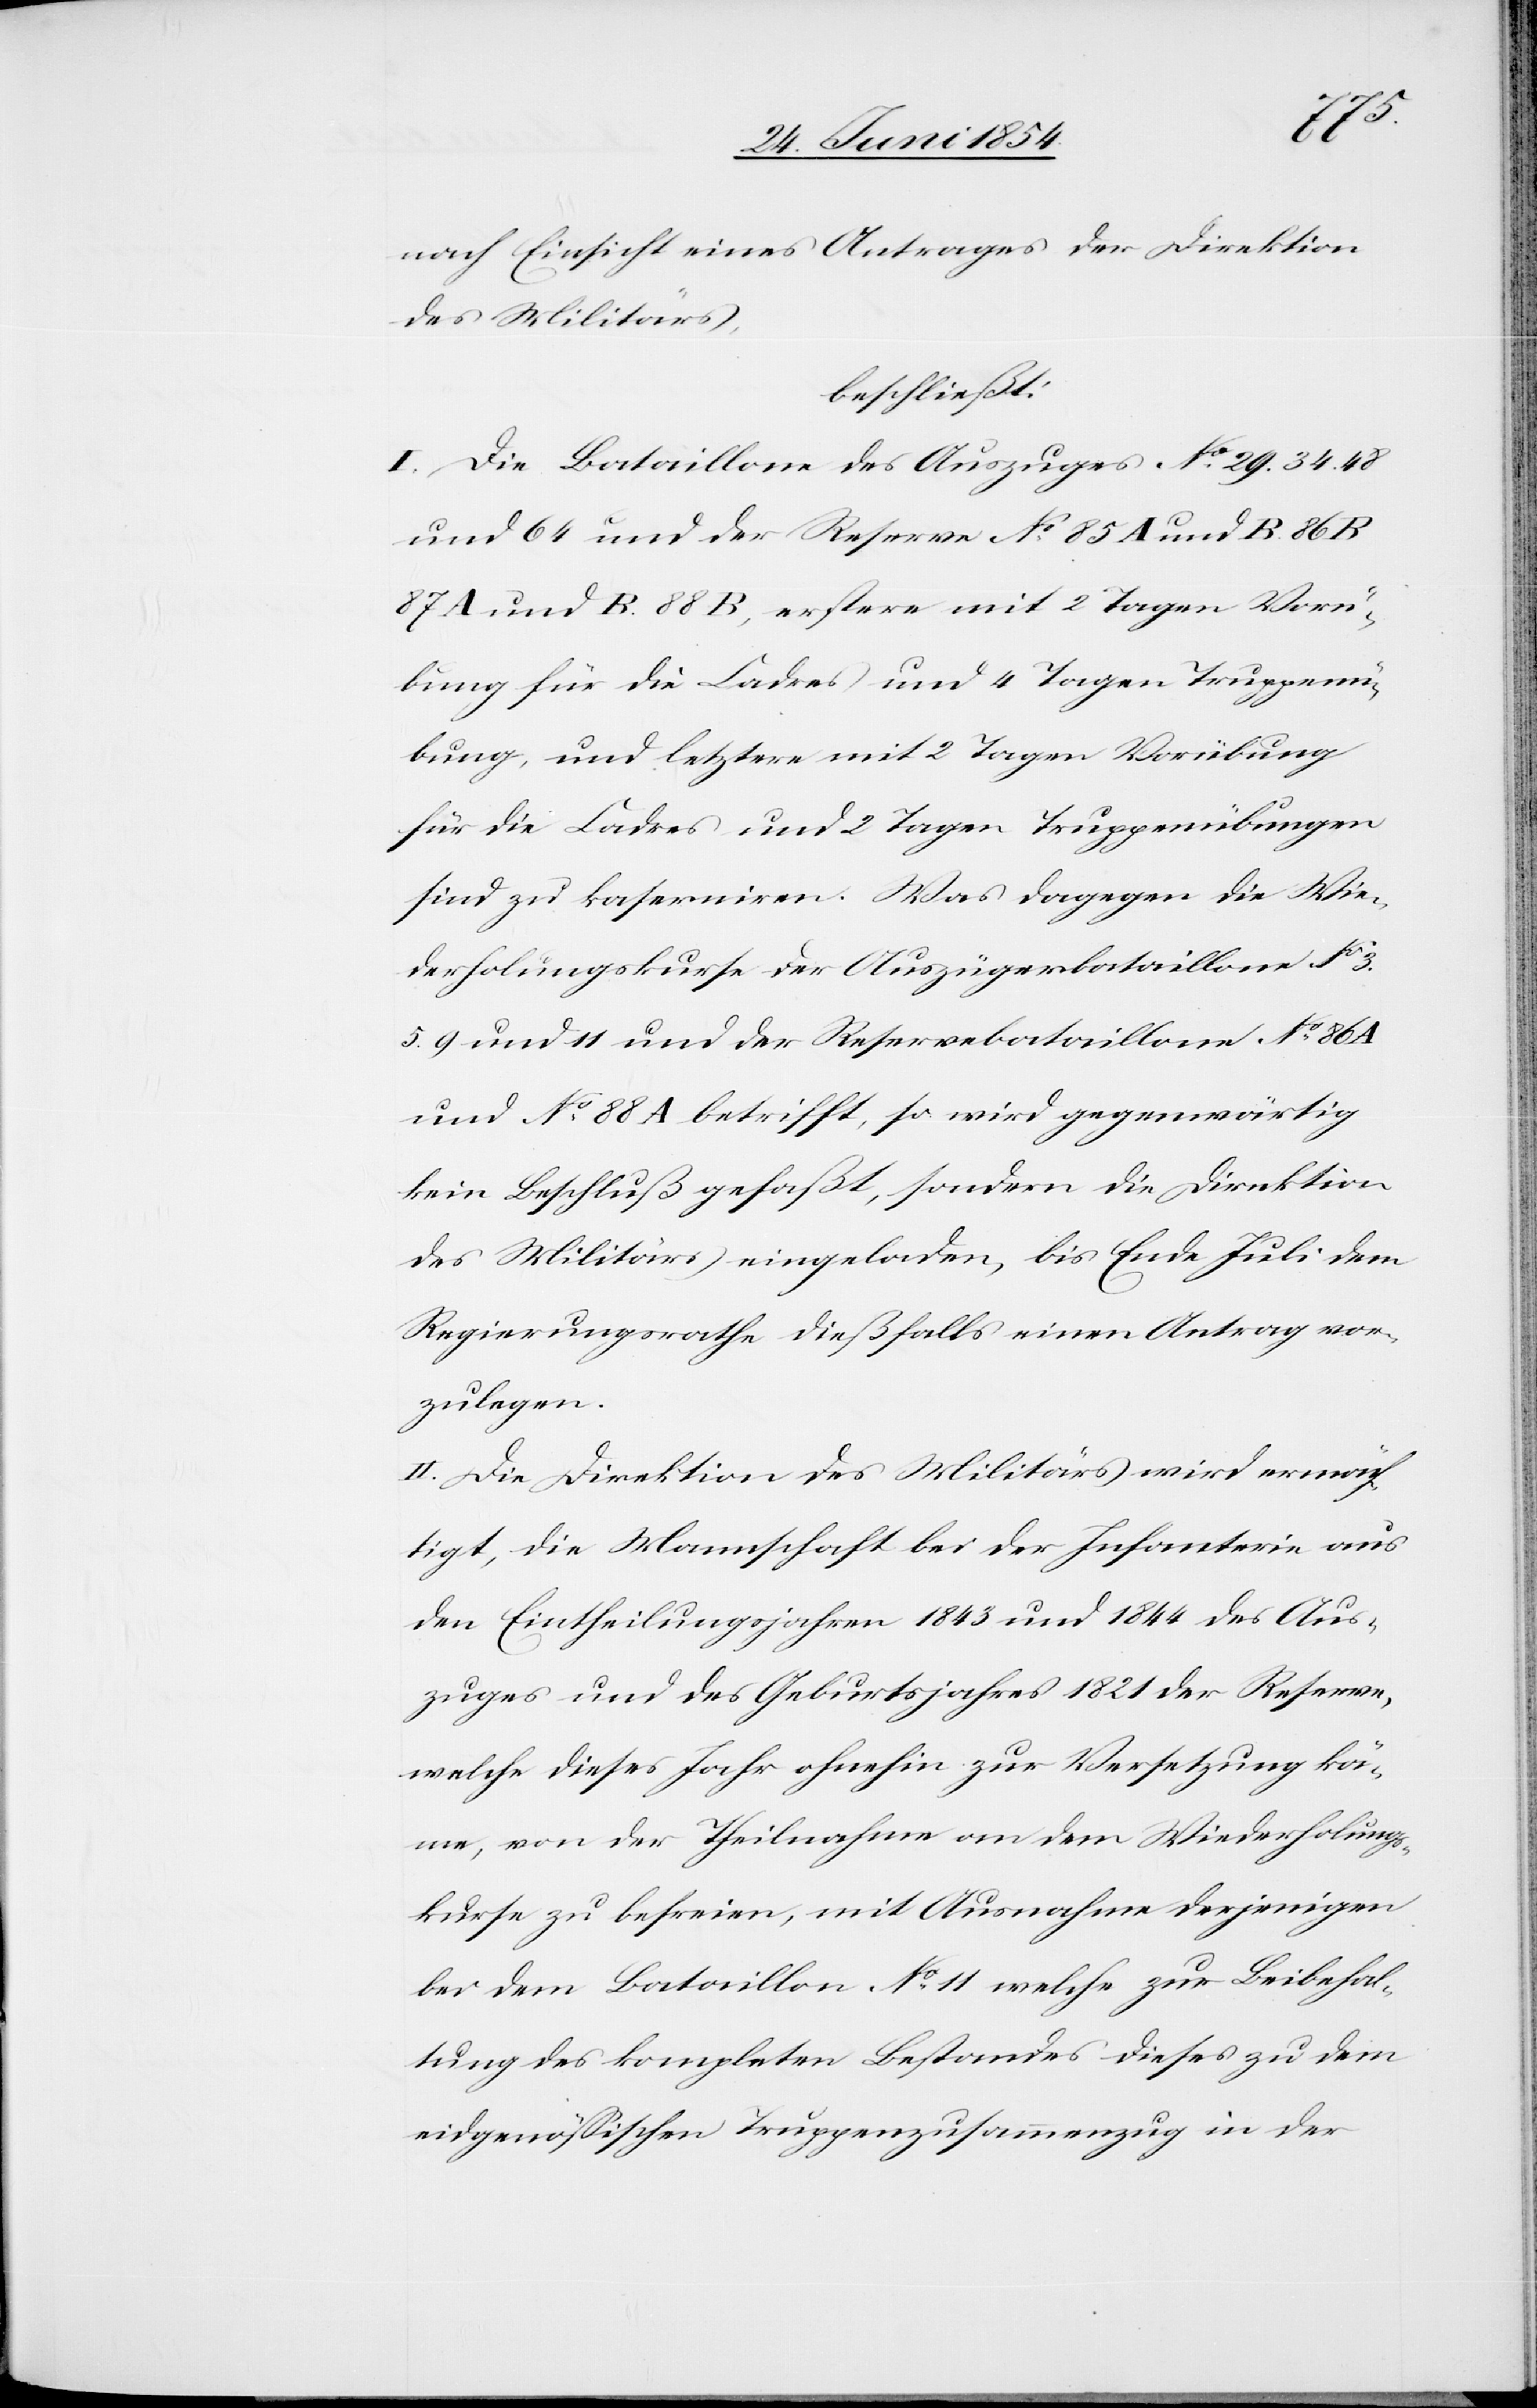
nach Einsicht eines Antrages der Direktion
des Militärs,
beschließt:
I. Die Bataillone des Auszuges No 29. 34. 48
und 64 und der Reserve No 85 A und B. 86 B
87 a und B. 88 B, erstere mit 2 Tagen Vorü¬
bung für die Cadres und 4 Tagen Truppenü¬
bung, und letztere mit 2 Tagen Vorübung
für die Cadres und 2 Tagen Truppenübungen
sind zu kaserniren. Was dagegen die Wie¬
derholungskurse der Auszügerbataillone No3.
5. 9 und 11 und der Reservebataillone No 86 A
und No 88 A betrifft, so wird gegenwärtig
kein Beschluß gefaßt, sondern die Direktion
des Militärs eingeladen, bis Ende Juli dem
Regierungsrathe dießfalls einen Antrag vor¬
zulegen.
II. Die Direktion des Militärs wird ermäch¬
tigt, die Mannschaft bei der Infanterie aus
den Eintheilungsjahren 1843 und 1844 des Aus¬
zuges und des Geburtsjahres 1821 der Reserve,
welche dieses Jahr ohnehin zur Versetzung kä¬
me, von der Theilnahme an dem Widerholungs¬
kurse zu befreien, mit Ausnahme derjenigen
bei dem Bataillon No 11 welche zur Beibehal¬
tung des kompletten Bestandes dieses zu dem
eidgenößischen Truppenzusammenzug in der